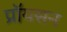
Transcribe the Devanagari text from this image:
प्रॉयसन